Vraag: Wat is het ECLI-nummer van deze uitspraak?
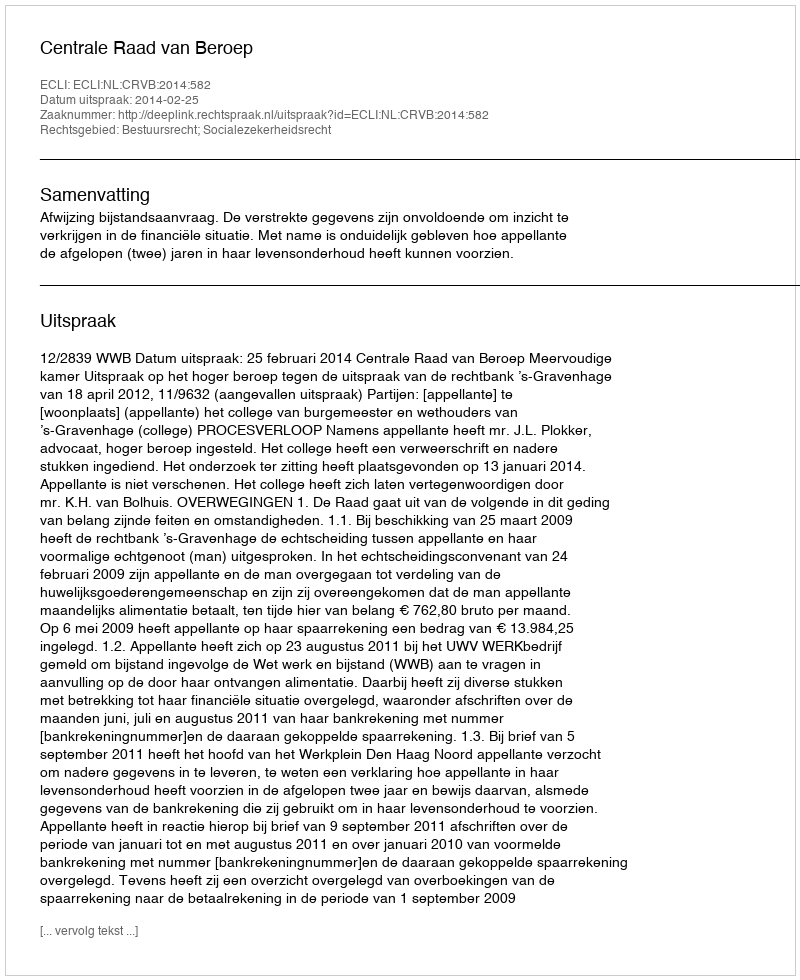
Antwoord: ECLI:NL:CRVB:2014:582